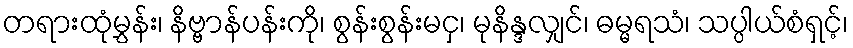
တရားထုံမွှန်း၊ နိဗ္ဗာန်ပန်းကို၊ စွန်းစွန်းမငှ၊ မုနိန္ဒလျှင်၊ ဓမ္မရသံ၊ သပ္ပါယ်စံရှင့်၊